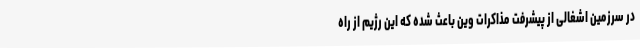
در سرزمین اشغالی از پیشرفت مذاکرات وین باعث شده که این رژیم از راه